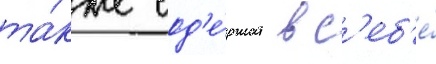
та́кже сод'е́ржат в с'еб'е́